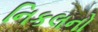
નિકલનો